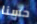
حسنا